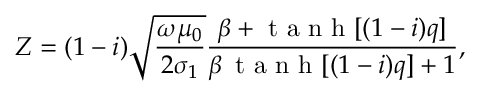
Z = ( 1 - i ) \sqrt { \frac { \omega \mu _ { 0 } } { 2 \sigma _ { 1 } } } \frac { \beta + \mathrm { ~ t ~ a ~ n ~ h ~ } [ ( 1 - i ) q ] } { \beta \, \mathrm { ~ t ~ a ~ n ~ h ~ } [ ( 1 - i ) q ] + 1 } ,